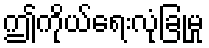
ဤကိုယ်ရေးလုံခြုံမှု